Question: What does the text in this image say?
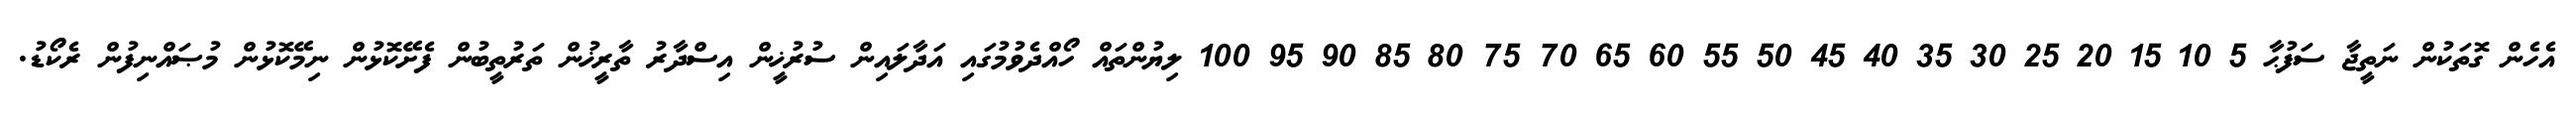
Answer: އެހެން ގޮތަކުން ނަތީޖާ ސަފުޙާ 5 10 15 20 25 30 35 40 45 50 55 60 65 70 75 80 85 90 95 100 ލިޔުންތައް ހޯއްދެވުމުގައި އަދާލައިން ސުރުޚީން އިސްދާރު ތާރީޚުން ތަރުތީބުން ފެށޭކޮޅުން ނިމޭކޮޅުން މުޞައްނިފުން ރެކޯޑު.